Vabadussoja_Ajaloo_Komitee, lk 6
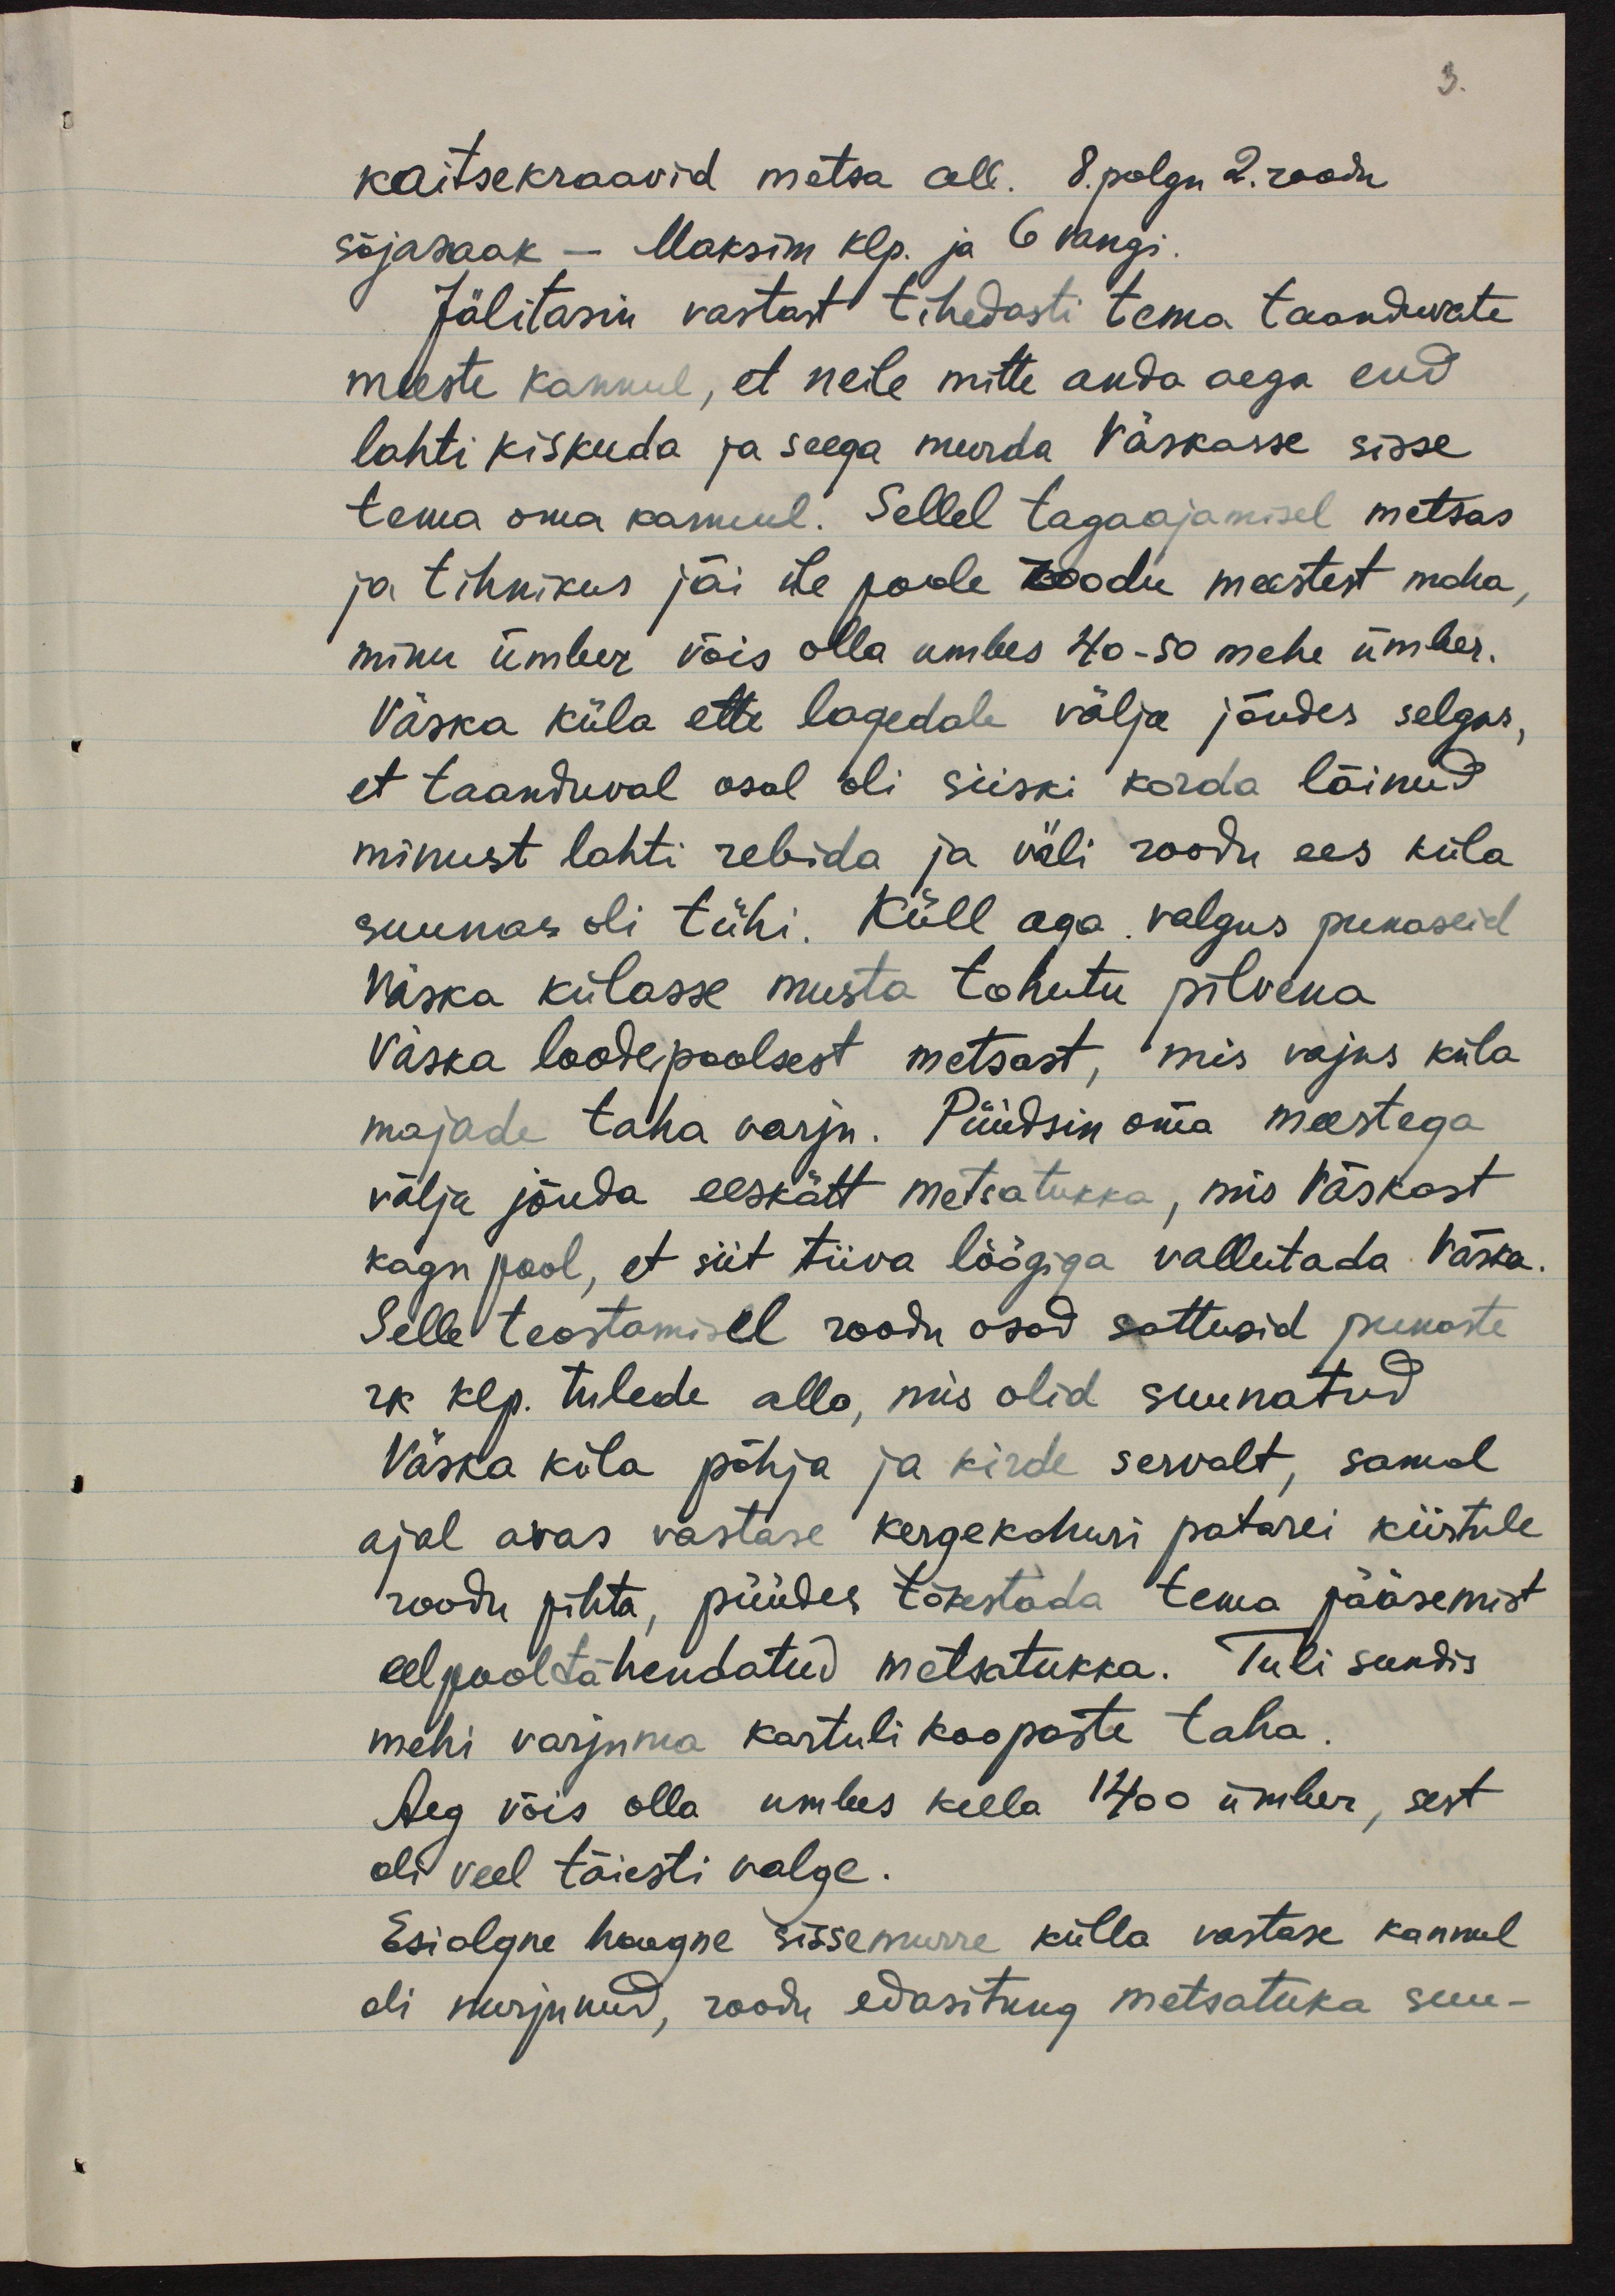
3.

kaitsekraavid metsa all. 8. polgu 2. roodu
sõjasaak - Maksim klp. ja 6 vangi.
Jälitasin vastast tihedasti tema taanduvate
meeste kannul, et neile mitte anda aega end
lahti kiskuda ja seega murda Väskasse sisse
tema oma kannul. Sellel tagaajamisel metsas
ja tihnikus jäi üle poole roodu meestest maha,
minu ümber võis olla umbes 40-50 mehe ümber.
Väska küla ette lagedale välja jõudes selgus,
et taanduval osal oli siiski korda läinud
minust lahti rebida ja väli roodu ees küla
suunas oli tühi. Küll aga valgus punaseid
Väska külasse musta tohutu pilvena
Väska loodepoolsest metsast, mis vajus küla
majade taha varju. Püüdsin oma meestega
välja jõuda eeskätt metsatukka, mis Väskast
kagu pool, et siit tiiva löögiga vallutada Väska.
Selle teostamisel roodu osad sattusid punaste
rk klp. tulede alla, mis olid suunatud
Väska küla põhja ja kirde servalt, samal
ajal avas vastase kergekahuri patarei kiirtule
roodu pihta, püüdes tõkestada tema pääsemist
eelpooltähendatud metsatukka. Tuli sundis
mehi varjuma kartuli koopaste taha.
Aeg võis olla umbes kella 1400 ümber, sest
oli veel täiesti valge.
Esialgne hoogne sissemurre külla vastase kannul
oli nurjunud, roodu edasitung metsatuka suu-